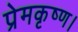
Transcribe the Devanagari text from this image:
प्रेमकृष्ण।